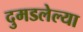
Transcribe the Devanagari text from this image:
दुमडलेल्या